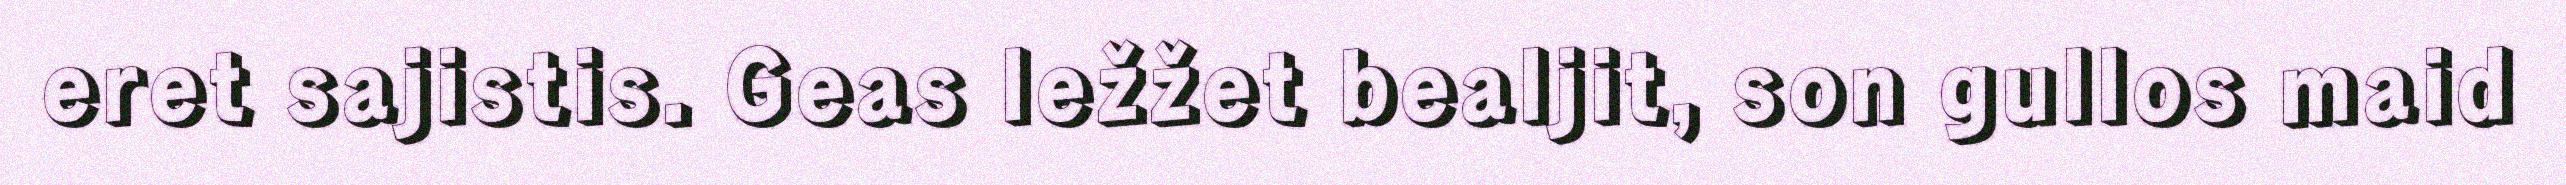
eret sajistis. Geas ležžet bealjit, son gullos maid